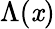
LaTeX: \Lambda(\mathit{x})